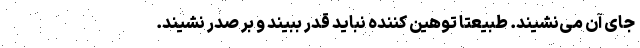
جای آن می‌نشیند. طبیعتا توهین کننده نباید قدر ببیند و بر صدر نشیند.